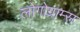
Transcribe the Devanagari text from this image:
लोगोग्राम्स